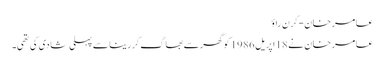
عامر خان-کرن راؤ
عامر خان نے 18اپریل 1986 کو گھرسے بھاگ کررینا سے پہلی شادی کی تھی۔